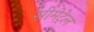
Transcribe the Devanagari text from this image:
सीमेट्रेल